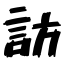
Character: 訪